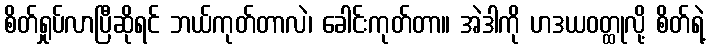
စိတ်ရှုပ်လာပြီဆိုရင် ဘယ်ကုတ်တာလဲ၊ ခေါင်းကုတ်တာ။ အဲဒါကို ဟဒယဝတ္ထုလို့ စိတ်ရဲ့